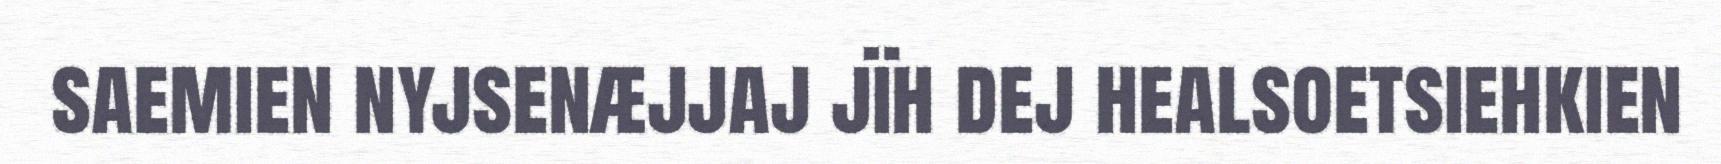
saemien nyjsenæjjaj jïh dej healsoetsiehkien